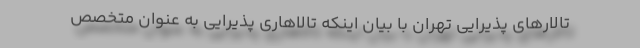
تالارهای پذیرایی تهران با بیان اینکه تالاهاری پذیرایی به عنوان متخصص